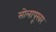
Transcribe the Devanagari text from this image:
सोलापूरवर